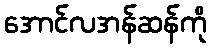
အောင်လအန်ဆန်ကို